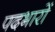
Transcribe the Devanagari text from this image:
पदभारों